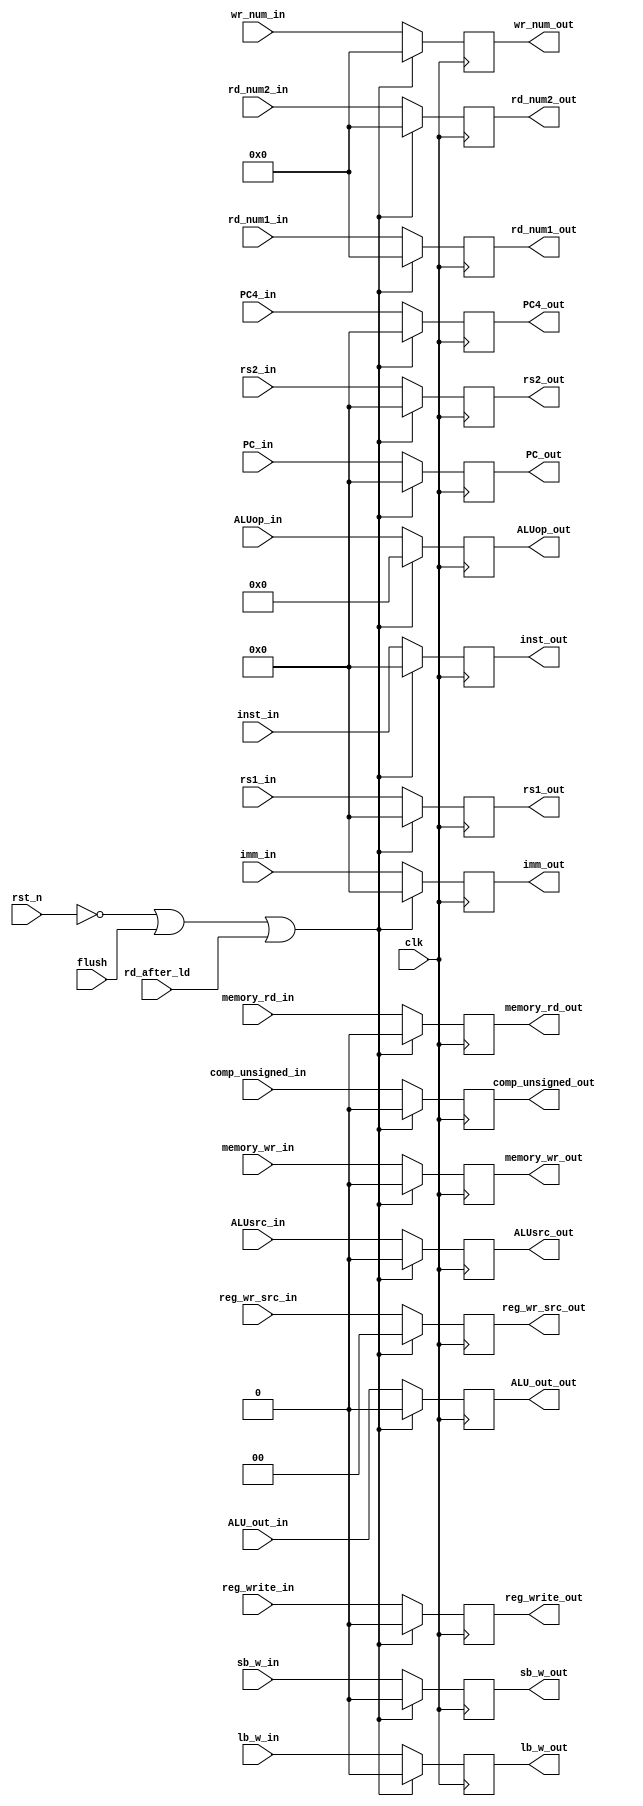
/************************************************* 
 
Copyright:Call_Me_ZK

File name:IDEX.v

Author:ZK
 
Date:2020-08-16
 
Description:

  ID_EX
  
  PC Instruction PC+4 rd_num1 rd_num2 wr_num
  
  IDrs1	rs2 imm
  
  :
  ALUop	comp_unsigned	ALU_out	PC sb/w	memory_rd	memory_wr	lb/w
  reg_write	reg_wr_src[1:0]


**************************************************/

module IDEX

	#(parameter PC_width = 32, inst_width = 32, num_width = 5, operand_width = 32, ALUop_width = 4)

(//
clk, rst_n, flush, rd_after_ld, PC_in, PC4_in, inst_in, rd_num1_in, rd_num2_in, wr_num_in,
rs1_in, rs2_in, imm_in, ALUop_in, ALUsrc_in, comp_unsigned_in, ALU_out_in, sb_w_in, memory_rd_in, memory_wr_in, lb_w_in,
reg_write_in, reg_wr_src_in,
//
PC_out, PC4_out, inst_out, rd_num1_out, rd_num2_out, wr_num_out,
rs1_out, rs2_out, imm_out, ALUop_out, ALUsrc_out ,comp_unsigned_out, ALU_out_out, sb_w_out, memory_rd_out, memory_wr_out, lb_w_out,
reg_write_out, reg_wr_src_out
);
	
	//
	input clk, rst_n, flush, rd_after_ld;
	input [PC_width-1:0] PC_in, PC4_in;
	input [inst_width-1:0] inst_in;
	input [num_width-1:0] rd_num1_in, rd_num2_in, wr_num_in;
	input [operand_width-1:0] rs1_in, rs2_in, imm_in;
	input [ALUop_width-1:0] ALUop_in;
	input ALUsrc_in, comp_unsigned_in, ALU_out_in, sb_w_in, memory_rd_in, memory_wr_in, lb_w_in,
	      reg_write_in;
	input [1:0] reg_wr_src_in;
	//
	output reg [PC_width-1:0] PC_out, PC4_out;
	output reg [inst_width-1:0] inst_out;
	output reg [num_width-1:0] rd_num1_out, rd_num2_out, wr_num_out;
	output reg [operand_width-1:0] rs1_out, rs2_out, imm_out;
	output reg [ALUop_width-1:0] ALUop_out;
	output reg ALUsrc_out, comp_unsigned_out, ALU_out_out, sb_w_out, memory_rd_out, memory_wr_out, lb_w_out,
	      reg_write_out;
	output reg [1:0] reg_wr_src_out;
	
	/*
	flush, rd_after_ldread after load hazard.
	*/
	wire zero = ~rst_n | flush | rd_after_ld;
	
	always@(posedge clk) begin
		if(zero) begin
			PC_out <= 0;
			PC4_out <= 0;
			inst_out <= 0;
			rd_num1_out <= 0;
			rd_num2_out <= 0;
			wr_num_out <= 0;
			rs1_out <= 0;
			rs2_out <= 0;
			imm_out <= 0;
			ALUop_out <= 0;
			ALUsrc_out <= 0;
			comp_unsigned_out <= 0; 
			ALU_out_out <= 0; 
			sb_w_out <= 0; 
			memory_rd_out <= 0;
			memory_wr_out <= 0; 
			lb_w_out <= 0;
	      reg_write_out <= 0;
			reg_wr_src_out <= 0;
		end else begin
			PC_out <= PC_in;
			PC4_out <= PC4_in;
			inst_out <= inst_in;
			rd_num1_out <= rd_num1_in;
			rd_num2_out <= rd_num2_in;
			wr_num_out <= wr_num_in;
			rs1_out <= rs1_in;
			rs2_out <= rs2_in;
			imm_out <= imm_in;
			ALUop_out <= ALUop_in;
			ALUsrc_out <= ALUsrc_in;
			comp_unsigned_out <= comp_unsigned_in;
			ALU_out_out <= ALU_out_in;
			sb_w_out <= sb_w_in;
			memory_rd_out <= memory_rd_in;
			memory_wr_out <= memory_wr_in;
			lb_w_out <= lb_w_in;
	      reg_write_out <= reg_write_in;
			reg_wr_src_out <= reg_wr_src_in;
		end
	end

endmodule